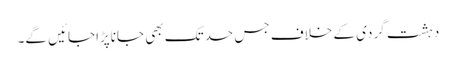
دہشت گردی کے خلاف جس حدتک بھی جاناپڑاجائیں گے۔